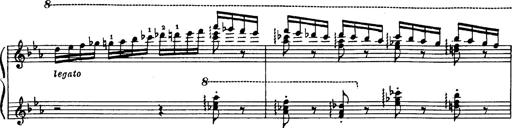
Title: Danza sacra e duetto finale dâ€™Aida
Composer: Franz Liszt